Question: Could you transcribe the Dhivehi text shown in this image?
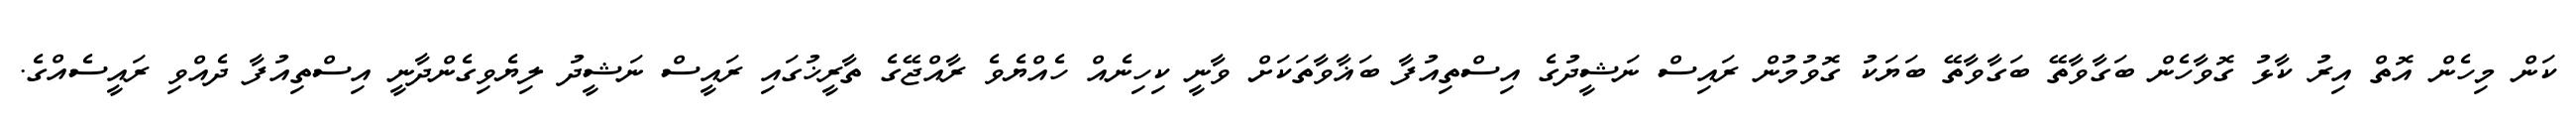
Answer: ކަން މިހެން އޮތް އިރު ކާޅު ގޮވާހެން ބަގާވާތޭ ބަގާވާތޭ ބަޔަކު ގޮވުމުން ރައިސް ނަޝީދުގެ އިސްތިއުފާ ބަޣާވާތަކަށް ވާނީ ކިހިނެއް ހެއްޔެވެ ރާއްޖޭގެ ތާރީޚުގައި ރައީސް ނަޝީދު ލިޔެވިގެންދާނީ އިސްތިއުފާ ދެއްވި ރައީސެއްގެ.